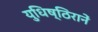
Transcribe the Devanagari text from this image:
युधिष्ठिरानें